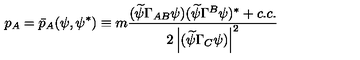
p _ { A } = \bar { p } _ { A } ( \psi , \psi ^ { * } ) \equiv m \frac { ( \widetilde { \psi } \Gamma _ { A B } \psi ) ( \widetilde { \psi } \Gamma ^ { B } \psi ) ^ { * } + c . c . } { 2 \left| ( \widetilde { \psi } \Gamma _ { C } \psi ) \right| ^ { 2 } }